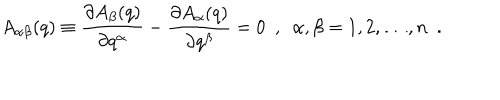
LaTeX: A _ { \alpha \beta } ( q ) \equiv \frac { \partial A _ { \beta } ( q ) } { \partial q ^ { \alpha } } - \frac { \partial A _ { \alpha } ( q ) } { \partial q ^ { \beta } } = 0 \ \ , \ \ \alpha , \beta = 1 , 2 , \dots , n \ \ .